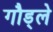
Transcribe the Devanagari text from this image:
गौड्ले